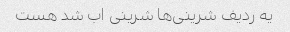
یه ردیف شرینی‌ها شرینی اب شد هست